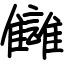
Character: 讎